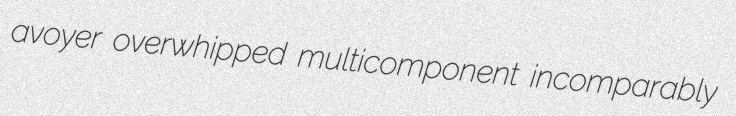
avoyer overwhipped multicomponent incomparably